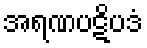
အရဏပဋိပဒံ